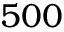
5 0 0